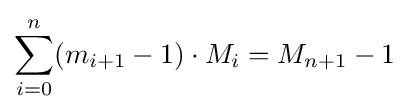
\sum _{i=0}^{n}(m_{i+1}-1)\cdot M_{i}=M_{n+1}-1